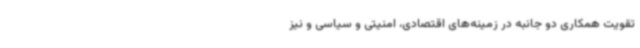
تقویت همکاری دو جانبه در زمینه‌های اقتصادی، امنیتی و سیاسی و نیز